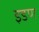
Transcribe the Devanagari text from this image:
इडण